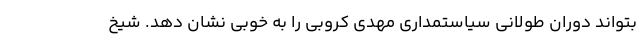
بتواند دوران طولانی سیاستمداری مهدی کروبی را به خوبی نشان دهد. شیخ